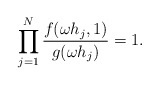
\begin{align*}\prod_{j=1}^N \frac{f(\omega h_j, 1)}{g(\omega h_j)} = 1 .\end{align*}